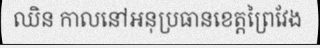
ឈិន កាលនៅអនុប្រធានខេត្តព្រៃវែង